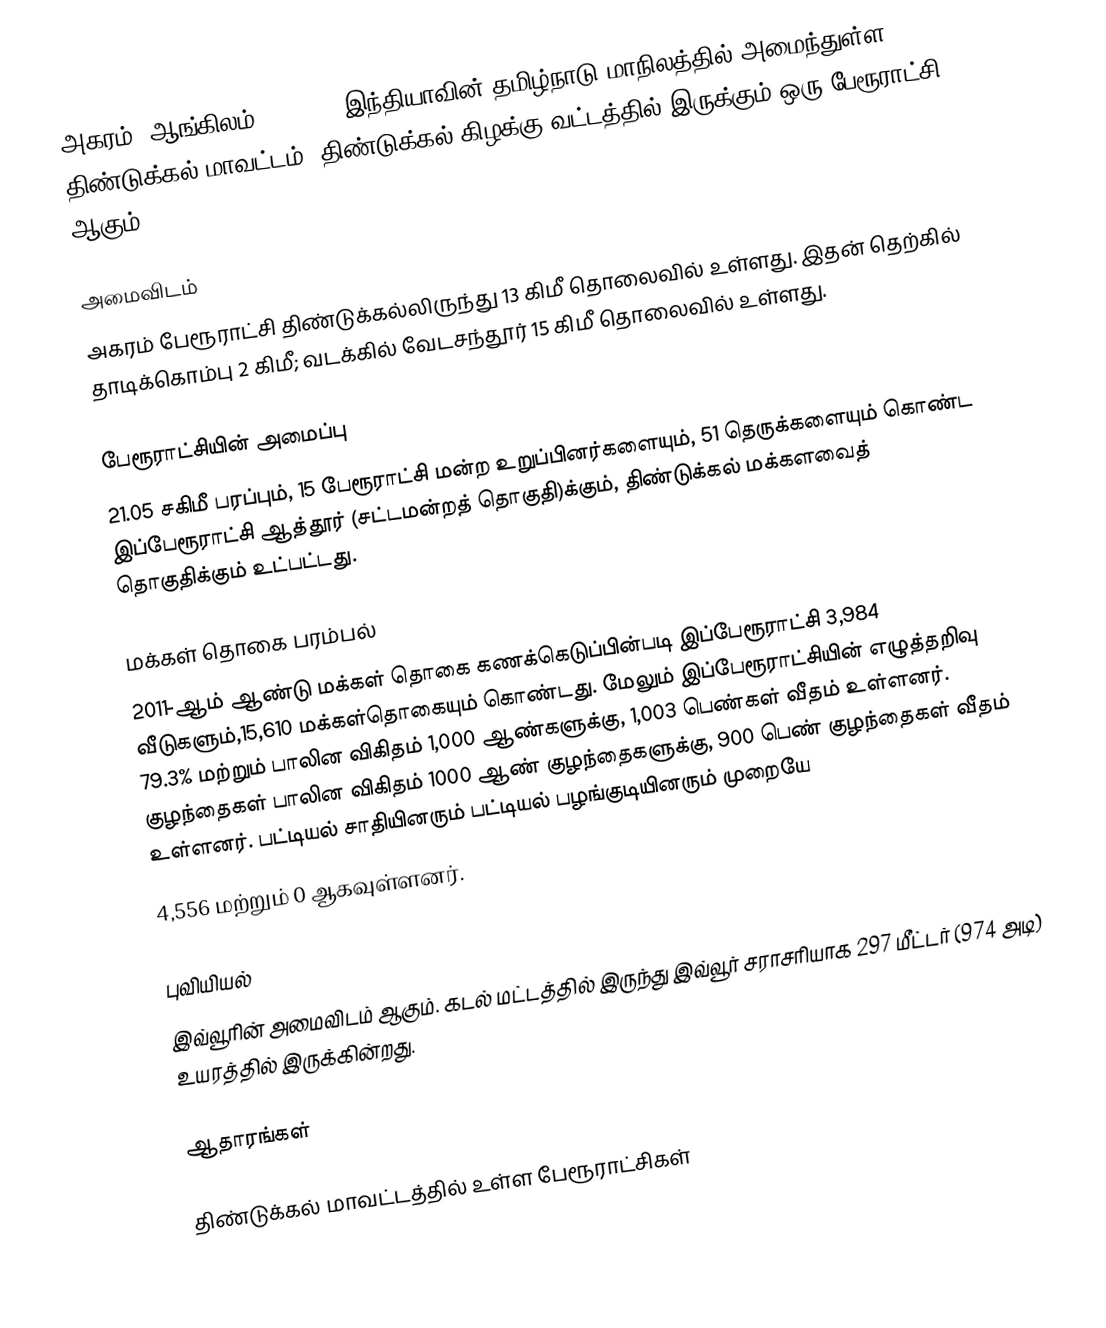
அகரம் (ஆங்கிலம்:Agaram), இந்தியாவின் தமிழ்நாடு மாநிலத்தில் அமைந்துள்ள திண்டுக்கல் மாவட்டம், திண்டுக்கல் கிழக்கு வட்டத்தில் இருக்கும் ஒரு பேரூராட்சி ஆகும்.

அமைவிடம்
அகரம் பேரூராட்சி திண்டுக்கல்லிருந்து 13 கிமீ தொலைவில் உள்ளது. இதன் தெற்கில் தாடிக்கொம்பு 2 கிமீ; வடக்கில் வேடசந்தூர் 15 கிமீ தொலைவில் உள்ளது.

பேரூராட்சியின் அமைப்பு
21.05 சகிமீ பரப்பும், 15 பேரூராட்சி மன்ற உறுப்பினர்களையும், 51 தெருக்களையும் கொண்ட  இப்பேரூராட்சி ஆத்தூர் (சட்டமன்றத் தொகுதி)க்கும், திண்டுக்கல் மக்களவைத் தொகுதிக்கும் உட்பட்டது.

மக்கள் தொகை பரம்பல்
2011-ஆம் ஆண்டு மக்கள் தொகை கணக்கெடுப்பின்படி   இப்பேரூராட்சி  3,984   வீடுகளும்,15,610 மக்கள்தொகையும் கொண்டது. மேலும் இப்பேரூராட்சியின் எழுத்தறிவு 79.3%  மற்றும்  பாலின விகிதம் 1,000 ஆண்களுக்கு, 1,003 பெண்கள் வீதம் உள்ளனர். குழந்தைகள் பாலின விகிதம் 1000 ஆண் குழந்தைகளுக்கு,  900  பெண் குழந்தைகள் வீதம் உள்ளனர்.  பட்டியல் சாதியினரும் பட்டியல் பழங்குடியினரும்  முறையே
4,556 மற்றும் 0  ஆகவுள்ளனர்.

புவியியல்
இவ்வூரின் அமைவிடம்  ஆகும். கடல் மட்டத்தில் இருந்து இவ்வூர் சராசரியாக 297 மீட்டர் (974 அடி) உயரத்தில் இருக்கின்றது.

ஆதாரங்கள்

திண்டுக்கல் மாவட்டத்தில் உள்ள பேரூராட்சிகள்